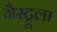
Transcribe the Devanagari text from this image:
गैस्ट्रूला